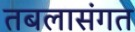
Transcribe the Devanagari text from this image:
तबलासंगत